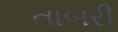
તાબરી